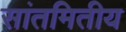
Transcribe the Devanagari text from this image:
सांतमितीय